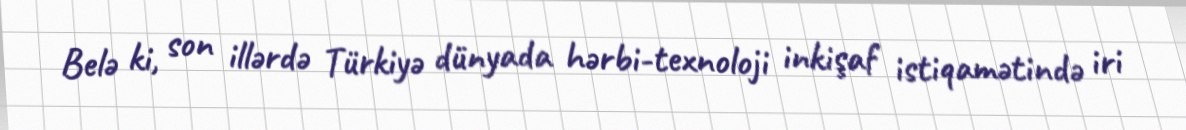
Belə ki, son illərdə Türkiyə dünyada hərbi-texnoloji inkişaf istiqamətində iri